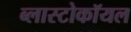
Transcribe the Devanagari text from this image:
ब्लास्टोकॉयल